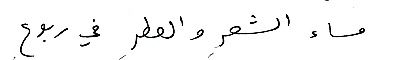
مساء الشعرِ والعطرِ في ربوعِ